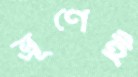
ভ্রূণেই